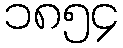
၁၈၅၄